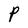
Character: P